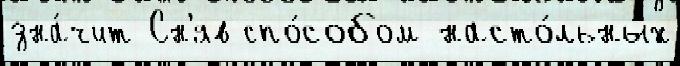
зна́чит Сн'яв спо́собом насто́льных